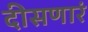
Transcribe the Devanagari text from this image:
दीसणारं